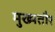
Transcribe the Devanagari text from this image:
मुख्‍यतौर